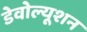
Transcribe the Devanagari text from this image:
डेवोल्यूशन